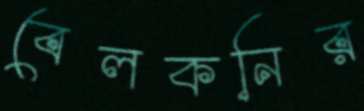
বেলকনির